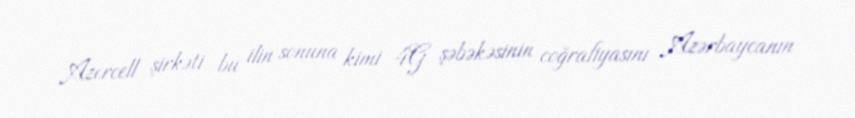
Azercell şirkəti bu ilin sonuna kimi 4G şəbəkəsinin coğrafiyasını Azərbaycanın